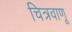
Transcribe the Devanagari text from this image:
चित्रवाणू